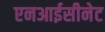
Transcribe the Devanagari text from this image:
एनआईसीनेट